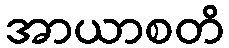
အာယာစတိ